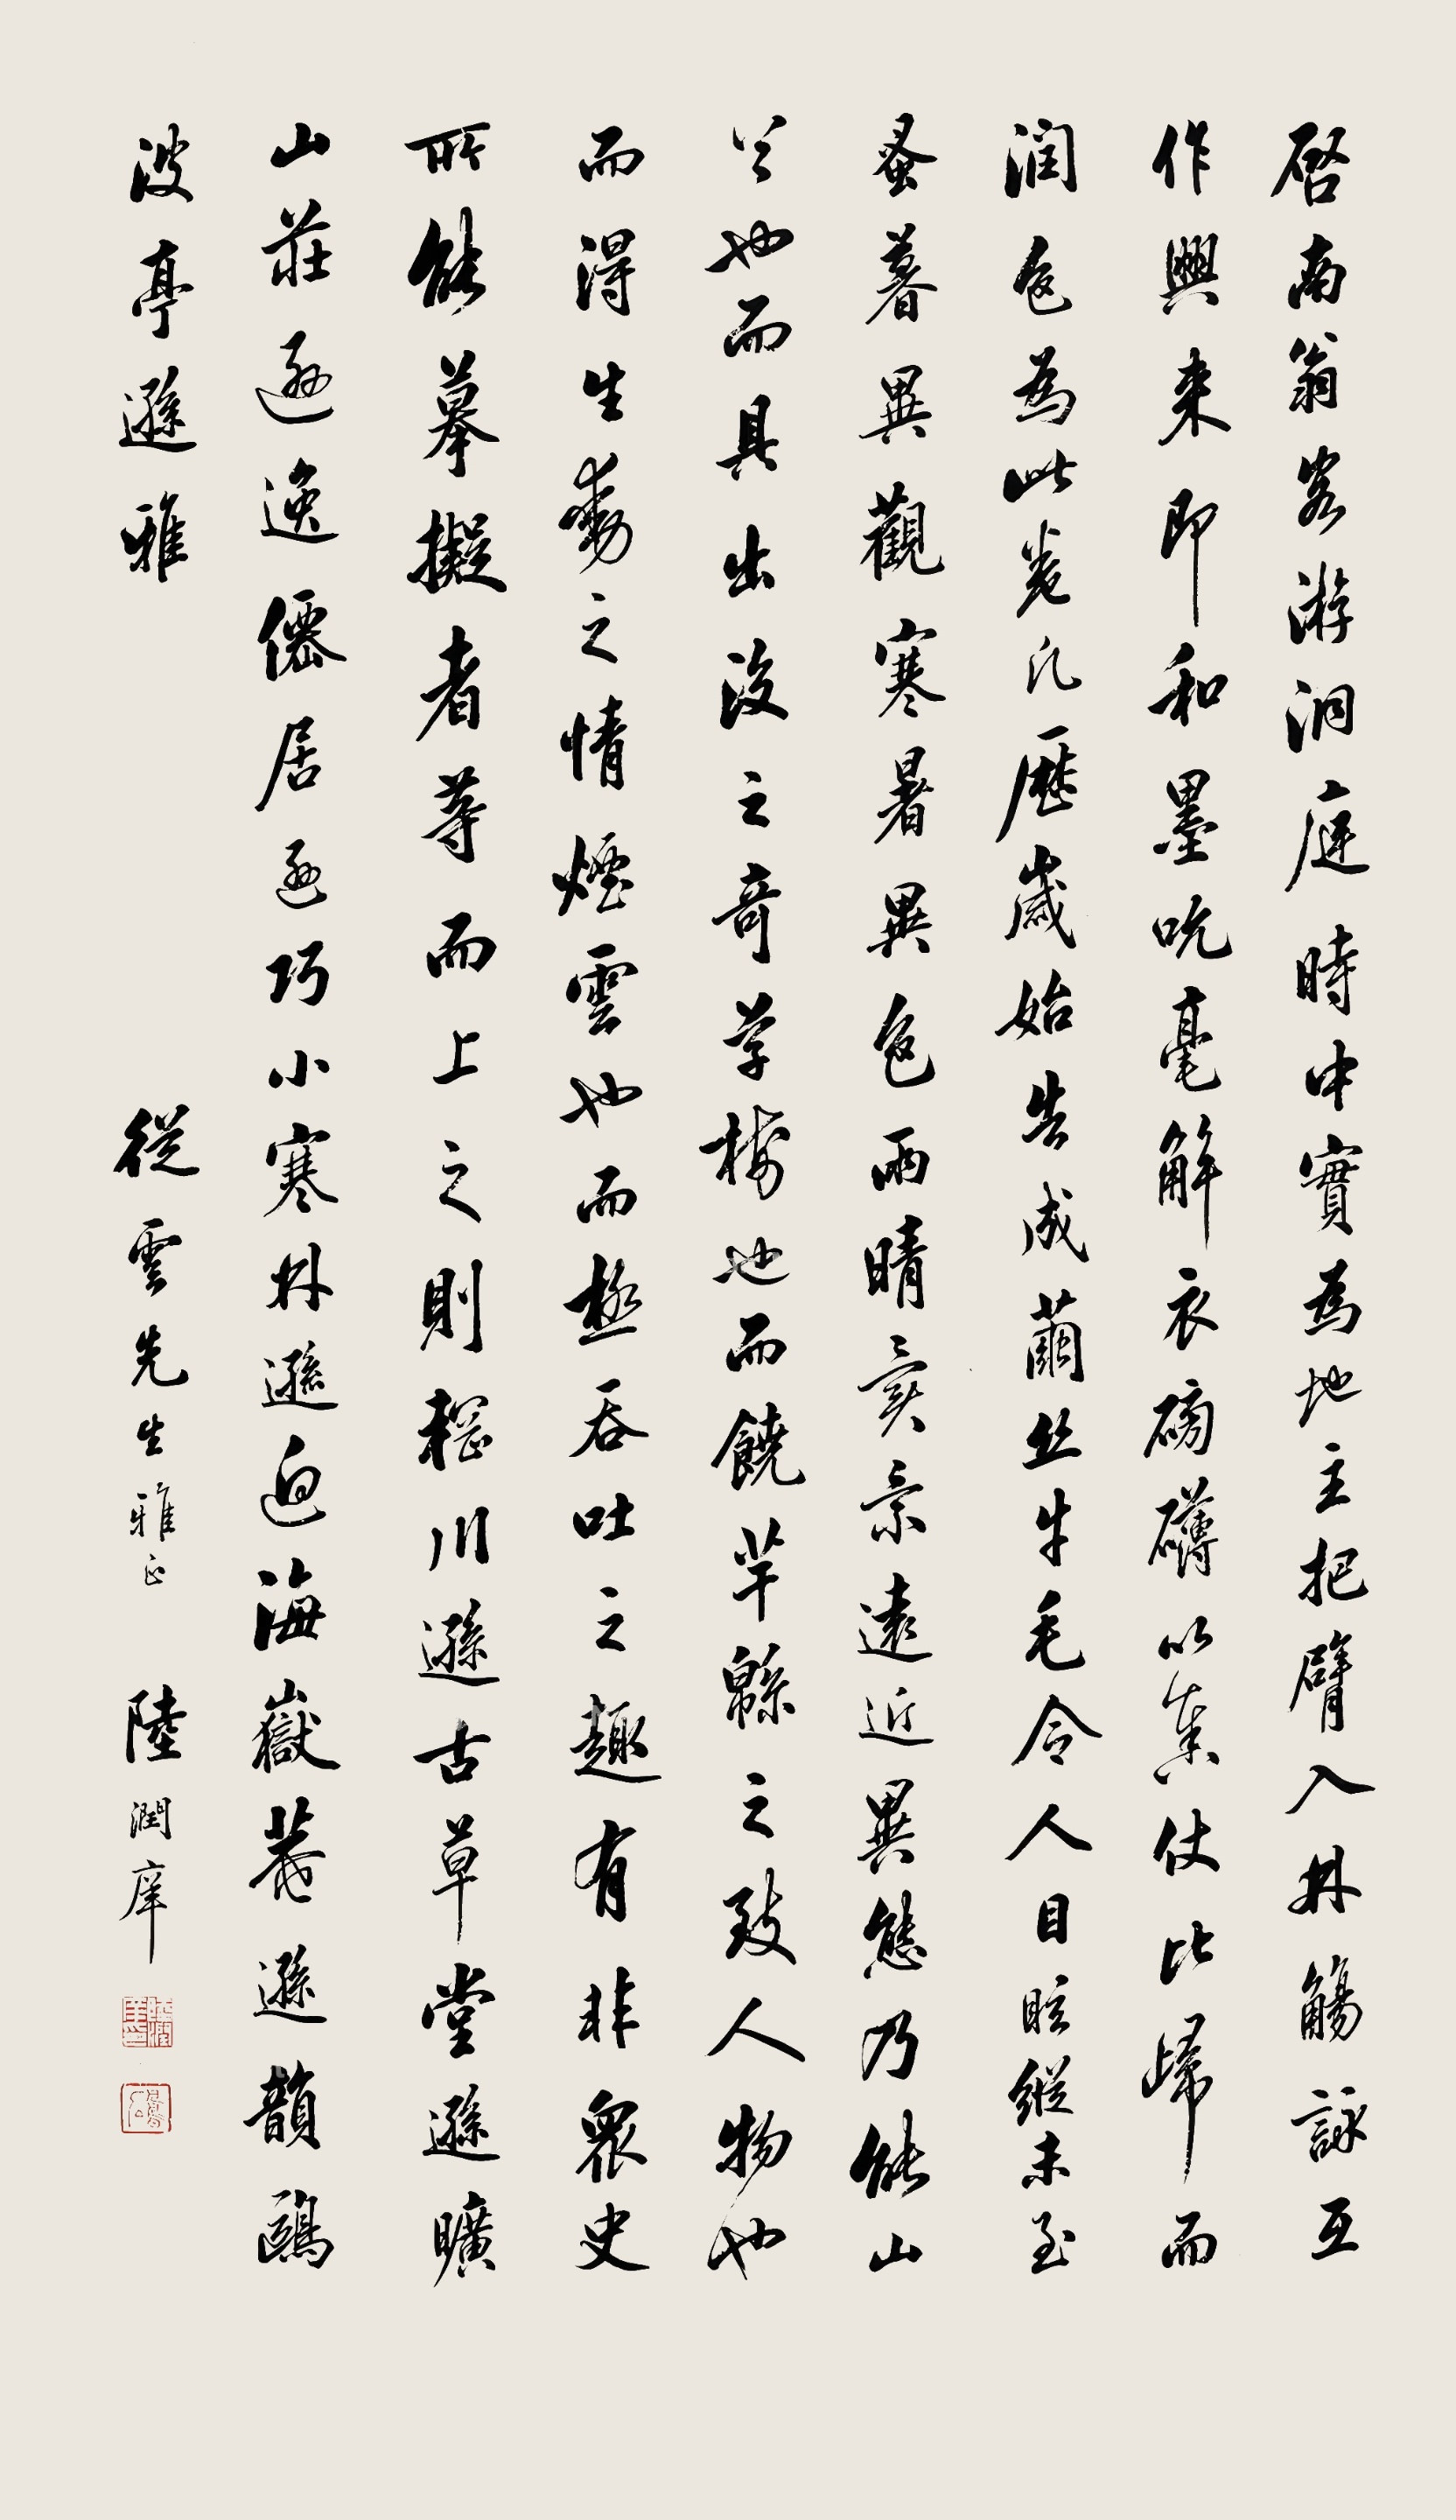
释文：启南翁客游洞庭时，中实为地主，把臂入林，觞咏互作，兴来即和墨吮毫、解衣磅礴以奏仗比归而润色。为此卷凡历岁始告成。茧丝牛毛，令人目眩。纵未至蚤暮异观，寒暑异色，雨晴异景，逺近异态，乃能山谷也，而具出没之竒，草树也，而饶芊绵之致，人物也，而得生动之情，烟云也，而极吞吐之趣，有非众史所能摹拟者，等而上之，则辋川逊古草堂，逊旷山庄，逊逸仙居，逊巧小寒林，逊迥海岳庵，逊韵鸥波亭逊雅。从云先生雅正，陆润庠。